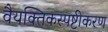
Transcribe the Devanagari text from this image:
वैयक्तिकस्पष्टीकरण